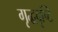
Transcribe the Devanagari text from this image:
गृद्धदृष्टि